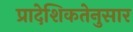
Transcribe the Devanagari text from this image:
प्रादेशिकतेनुसार